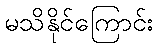
မသိနိုင်ကြောင်း